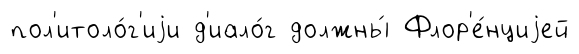
пол'итоло́г'иjи д'иало́г должны́ Флор'е́нциjей